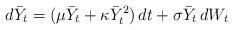
LaTeX: \begin{align*}d\bar Y_t=(\mu \bar Y_t + \kappa \bar Y_t^2)\,dt + \sigma \bar Y_t \,dW_t\end{align*}